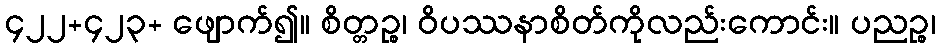
၄၂၂+၄၂၃+ ဖျောက်၍။ စိတ္တဉ္စ၊ ဝိပဿနာစိတ်ကိုလည်းကောင်း။ ပညဉ္စ၊